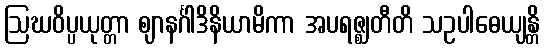
ဩဃဝိပ္ပယုတ္တာ ဈာနင်္ဂါဒိနိယာမိကာ အပရဇ္ဈတီတိ သဥပါဓေယျန္တိ